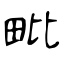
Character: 毗